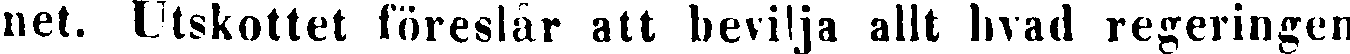
net. Utskottet föreslår att bevilja allt hvad regeringen